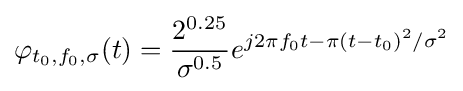
\varphi _{t_{0},f_{0},\sigma }(t)={\frac {2^{0.25}}{\sigma ^{0.5}}}e^{j2\pi f_{0}t-\pi (t-t_{0})^{2}/\sigma ^{2}}